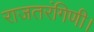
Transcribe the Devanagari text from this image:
राजतरंगिणी।